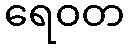
ရေဝတ